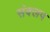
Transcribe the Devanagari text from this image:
संक्लप